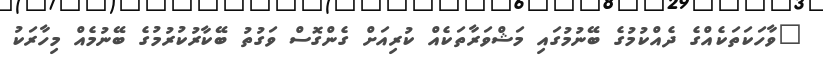
"ވާހަކަތަކެއްގެ ދެއްކުމުގެ ބޭނުމުގައި މަޝްވަރާތަކެއް ކުރިއަށް ގެންގޮސް ވަގުތު ބޭކާރުކުރުމުގެ ބޭނުމެއް މިހާރަކު